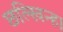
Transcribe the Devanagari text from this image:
छल्खिन्ह।